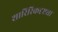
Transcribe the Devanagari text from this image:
शारिरिकदृष्ट्या